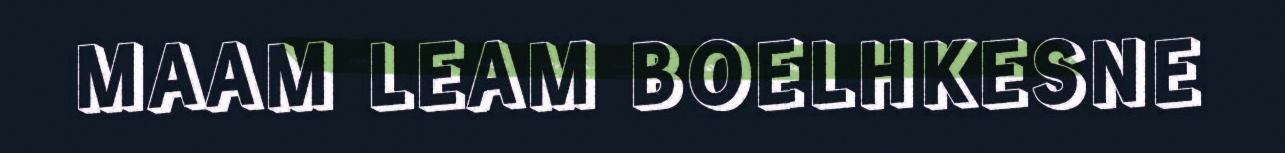
MAAM LEAM BOELHKESNE